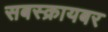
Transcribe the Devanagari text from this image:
सबस्क्रायबर